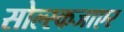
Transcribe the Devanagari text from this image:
सोल्स्कजाएर